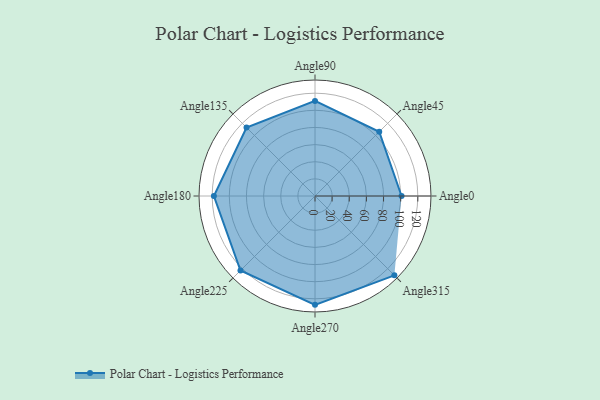
{"axis": {"x": "Angle", "y": "Radius"}, "legend": [""], "data": [{"x": "Angle0", "y": 101.0, "type": ""}, {"x": "Angle45", "y": 106.0, "type": ""}, {"x": "Angle90", "y": 111.0, "type": ""}, {"x": "Angle135", "y": 113.0, "type": ""}, {"x": "Angle180", "y": 118.0, "type": ""}, {"x": "Angle225", "y": 123.0, "type": ""}, {"x": "Angle270", "y": 127.0, "type": ""}, {"x": "Angle315", "y": 131.0, "type": ""}]}